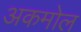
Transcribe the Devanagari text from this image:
अकमोल